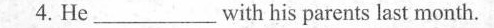
4. He___with his parents last month.